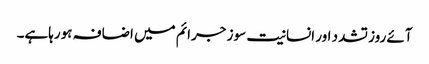
آئے روز تشدد اور انسانیت سوز جرائم میں اضافہ ہورہاہے۔